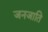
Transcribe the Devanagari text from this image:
जनजाति